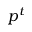
p ^ { t }